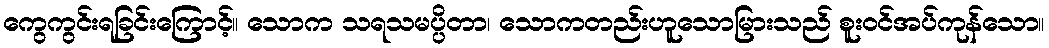
ကွေကွင်းရခြင်းကြောင့်။ သောက သရသမပ္ပိတာ၊ သောကတည်းဟူသောမြားသည် စူးဝင်အပ်ကုန်သော။